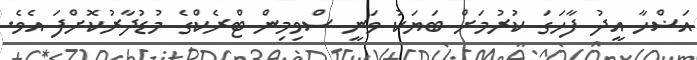
އަޟްހާ އީދު ފާހަގަ ކުރުމަށް ބަޔަކު ވަނީ ސްވިމިން ޓްރެކްގެ މުޑުދާރުކޮށްފަ އެވެ.